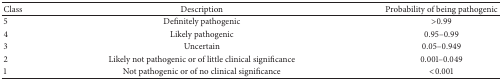
<table><thead><tr><td><b>Class</b></td><td><b>Description</b></td><td><b>Probability of being pathogenic</b></td></tr></thead><tbody><tr><td>5</td><td>Definitely pathogenic</td><td>&gt;0.99</td></tr><tr><td>4</td><td>Likely pathogenic</td><td>0.95–0.99</td></tr><tr><td>3</td><td>Uncertain</td><td>0.05–0.949</td></tr><tr><td>2</td><td>Likely not pathogenic or of little clinical significance</td><td>0.001–0.049</td></tr><tr><td>1</td><td>Not pathogenic or of no clinical significance</td><td>&lt;0.001</td></tr></tbody></table>